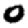
Digit: 0